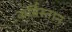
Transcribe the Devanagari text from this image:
कर्बिस्तान